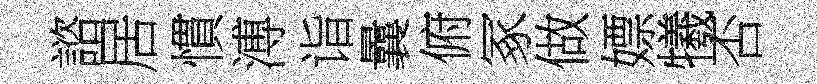
諮居慣溥诣曩俯冢做嫖犧否